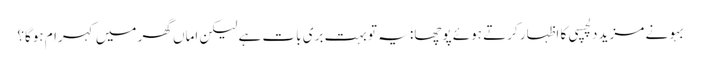
بہو نے مزید دلچسپی کا اظہار کرتے ہوئے پوچھا: یہ تو بہت بری بات ہے لیکن اماں گھر میں کہرام ہوگا؟